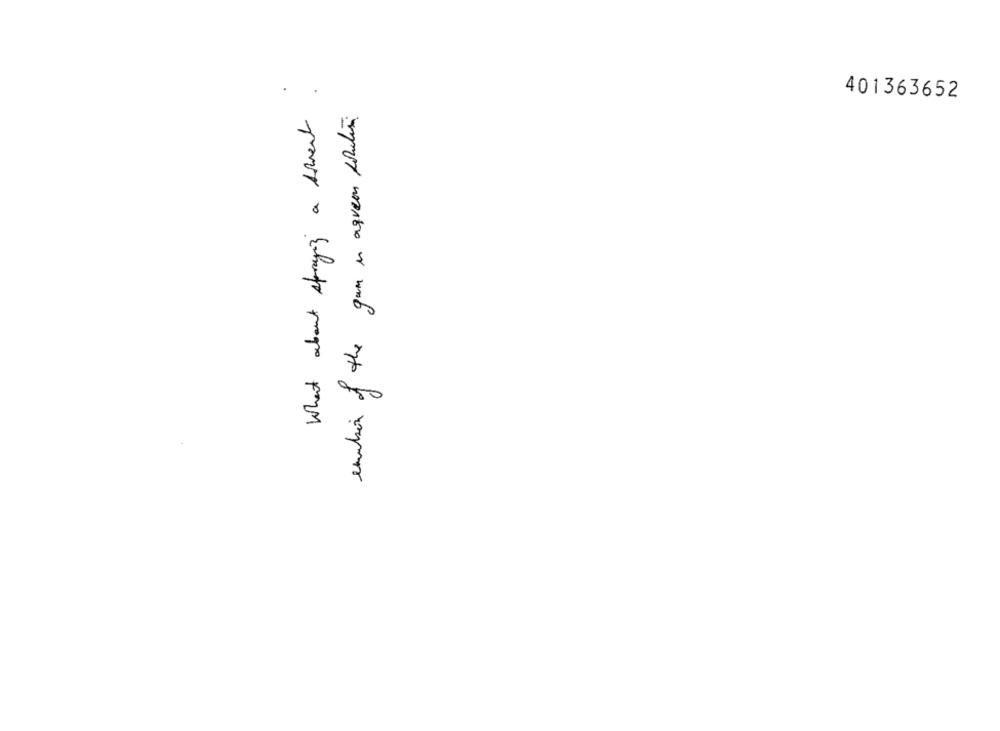
What about spraying a servent
401363652
emulsion of the gun in agreen poulin